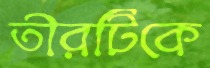
তীরটিকে